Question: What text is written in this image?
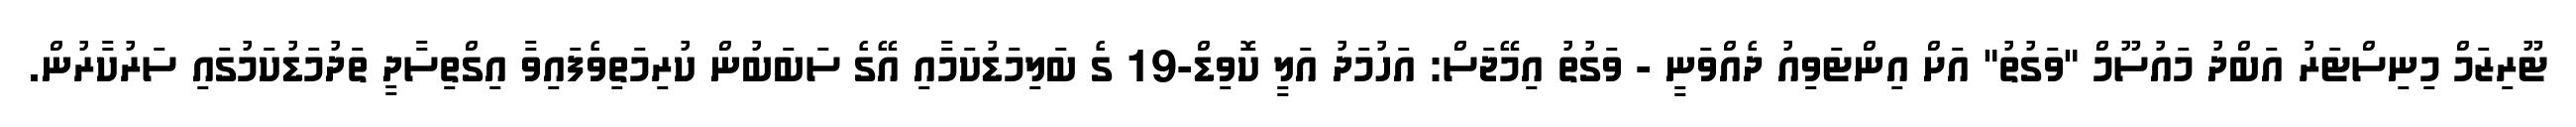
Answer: ޓޫރިޒަމް މިނިސްޓަރު އަބްދު މައުސޫމް "ވަގުތު" އަށް އިންޓަވިއު ދެއްވަނީ - ވަގުތު އިމޭޖަސް: އަހުމަދު އަލީ ކޮވިޑް-19 ގެ ބަލިމަޑުކަމާއި އޭގެ ސަބަބުން ކުރިމަތިވެފައިވާ އިގްތިސާދީ ތަދުމަޑުކަމުގައި ސަރުކާރުން.